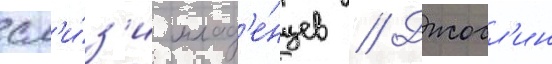
сл'и́з'и млад'е́нцев // Джосл'ин